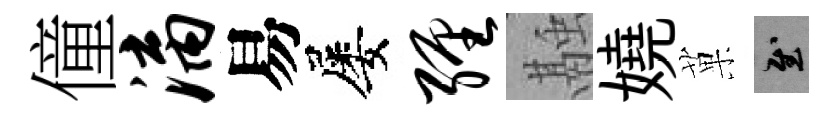
僮漓易屡缠融嬈菓慰